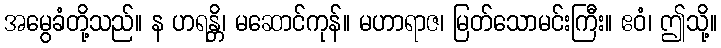
အမွေခံတို့သည်။ န ဟရန္တိ၊ မဆောင်ကုန်။ မဟာရာဇ၊ မြတ်သောမင်းကြီး။ ဧဝံ၊ ဤသို့။